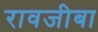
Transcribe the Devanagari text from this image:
रावजीबा